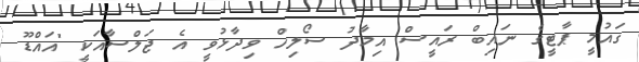
ގައުމީ ޕާޓީގެ ނައިބް ރައީސް އިމާދު ސޯލިހް ވިދާޅުވީ އެ ޖަލްސާއަކީ "އައްޑޫ